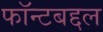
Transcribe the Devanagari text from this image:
फॉन्टबद्दल